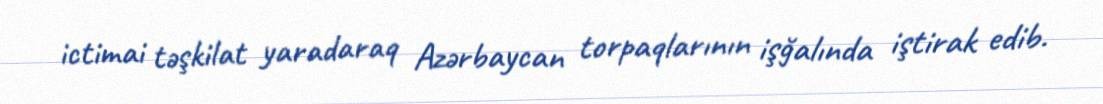
ictimai təşkilat yaradaraq Azərbaycan torpaqlarının işğalında iştirak edib.